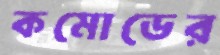
কমোডের